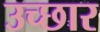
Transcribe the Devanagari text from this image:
उच्छार